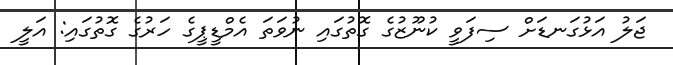
ޖަލު އަޅުގަނޑަށް ސިފަވީ ކުނޫޒުގެ ގޮތުގައި ނުވަތަ އެމްޑީޕީގެ ހަރުގެ ގޮތުގައި: އަލީ